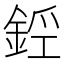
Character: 𨧑